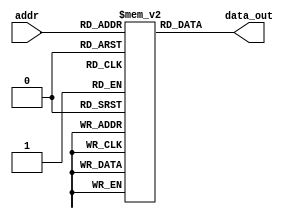
`timescale 1ns / 1ps
//////////////////////////////////////////////////////////////////////////////////
// Company: 
// Engineer: 
// 
// Design Name: 
// Module Name: Instmem
// Project Name: 
// Target Devices: 
// Tool Versions: 
// Description: 
// 
// Dependencies: 
// 
// Revision:
// Revision 0.01 - File Created
// Additional Comments:
// 
//////////////////////////////////////////////////////////////////////////////////


module InstMem(input [5:0] addr, output [31:0] data_out); 
    reg [31:0] mem [0:63];
    integer i;
    assign data_out = mem[addr];
    initial begin
        for ( i = 0; i < 64; i = i + 1)
            mem[i] = 32 'b0000000_00000_00000_000_00000_0110011;
    end 
    initial begin
    mem[0]=32 'b0000000_00000_00000_000_00000_0110011 ; // add x0 , x0 , x0
    mem[1]=32 'b000000000000_00000_010_00001_0000011 ; // lw x1 , 0( x0)
    mem[2]=32 'b000000000100_00000_010_00010_0000011 ; // lw x2 , 4( x0)
    mem[3]=32 'b000000001000_00000_010_00011_0000011 ; // lw x3 , 8( x0)
    mem[4]=32 'b0000000_00010_00001_110_00100_0110011 ; // or x4 , x1 , x2
    mem[5]=32 'b00000000001100100000010001100011 ; // beq x4 , x3 , 8
    mem[6]=32 'b0000000_00010_00001_000_00011_0110011 ; // add x3 , x1 , x2
    mem[7]=32 'b0000000_00010_00011_000_00101_0110011 ; // add x5 , x3 , x2
    mem[8]=32 'b0000000_00101_00000_010_01100_0100011 ; // sw x5 , 12( x0)
    mem[9]=32 'b000000001100_00000_010_00110_0000011 ; // lw x6 , 12( x0)
    mem[10]=32 'b0000000_00001_00110_111_00111_0110011 ; // and x7 , x6 , x1
    mem[11]=32 'b0100000_00010_00001_000_01000_0110011 ; // sub x8 , x1 , x2
    mem[12]=32 'b0000000_00010_00001_000_00000_0110011 ; // add x0 , x1 , x2
    mem[13]=32 'b0000000_00001_00000_000_01001_0110011 ; //add x9 , x0 , x1

    end
endmodule